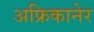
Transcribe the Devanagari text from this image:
अफ्रिकानेर